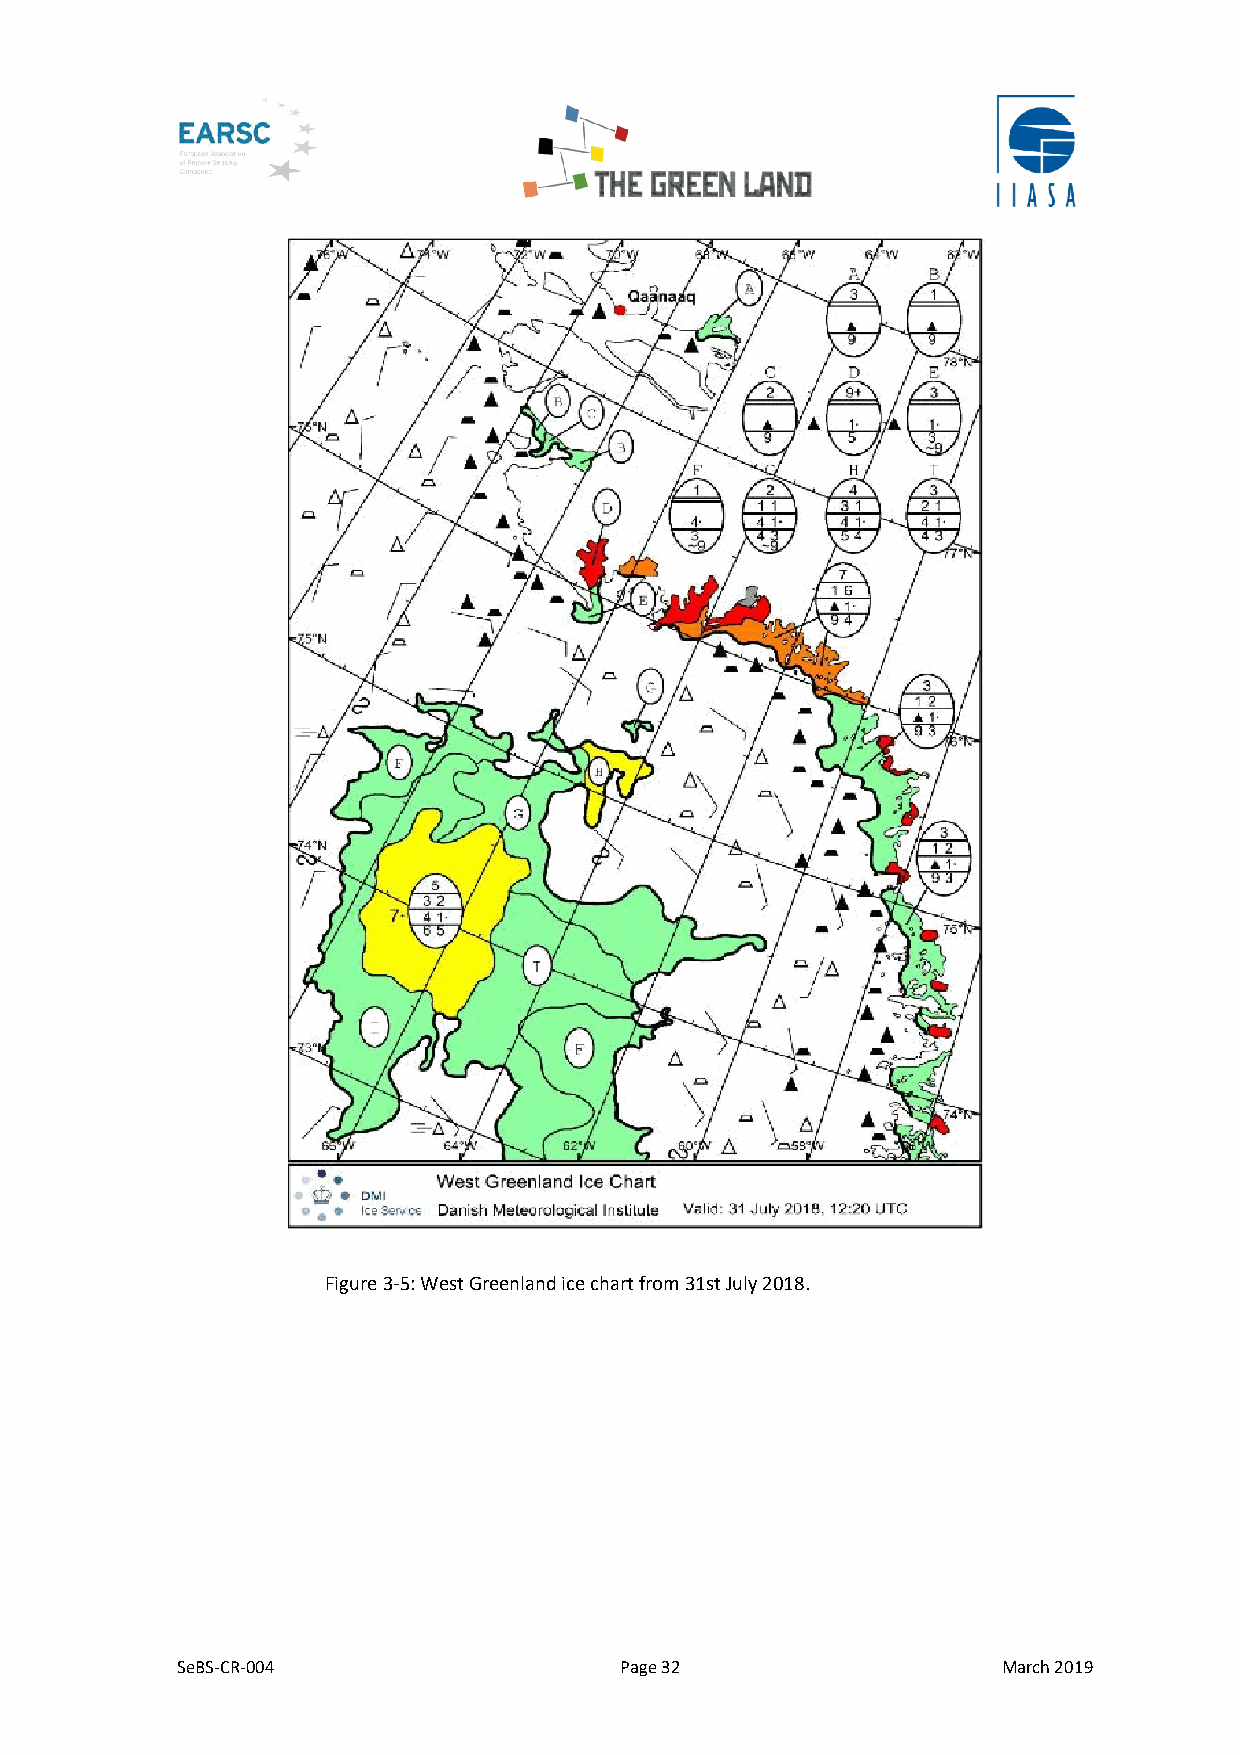
Figure 3-5: West Greenland ice chart from 31st July 2018.
 SeBS-CR-004                  Page 32                  March 2019